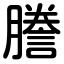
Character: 謄